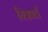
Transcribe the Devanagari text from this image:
चित्रपटी